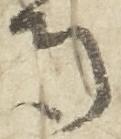
寺